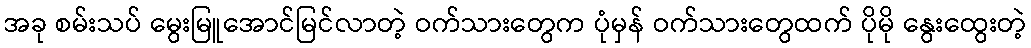
အခု စမ်းသပ် မွေးမြူအောင်မြင်လာတဲ့ ဝက်သားတွေက ပုံမှန် ဝက်သားတွေထက် ပိုမို နွေးထွေးတဲ့